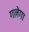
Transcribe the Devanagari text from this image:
गलेगा